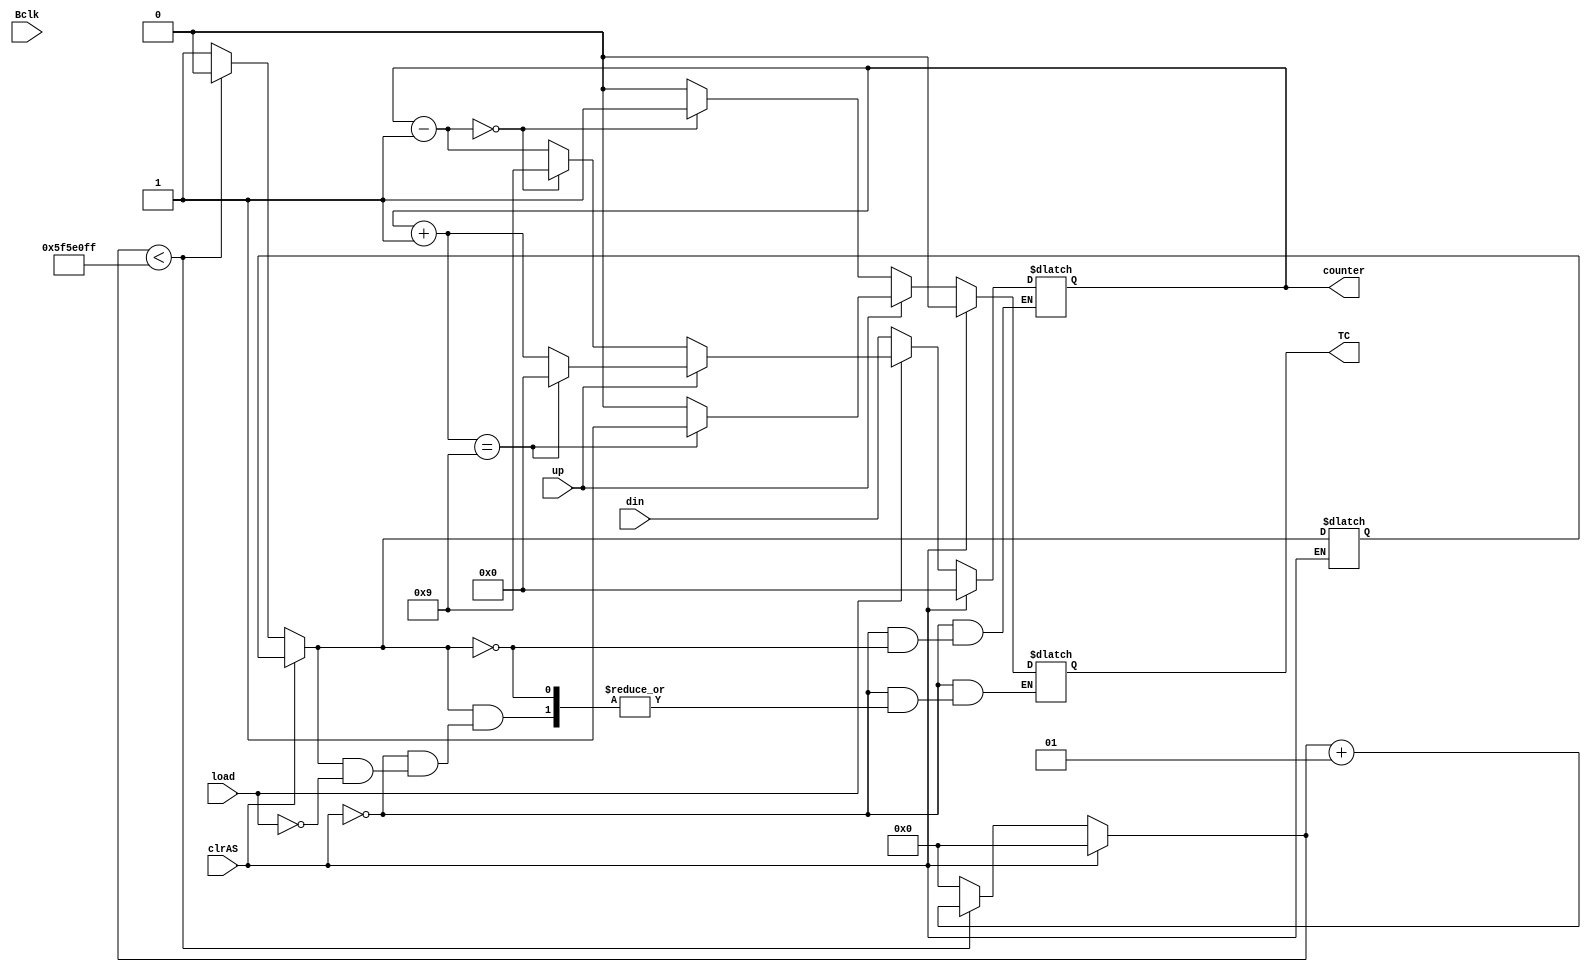
`timescale 1ns / 1ps
//////////////////////////////////////////////////////////////////////////////////
// Company: 
// Engineer: 
// 
// Design Name: 
// Module Name: DecadeCounter
// Project Name: 
// Target Devices: 
// Tool Versions: 
// Description: 
// 
// Dependencies: 
// 
// Revision:
// Revision 0.01 - File Created
// Additional Comments:
// 
//////////////////////////////////////////////////////////////////////////////////


module DecadeCounter(counter,clrAS,Bclk,load,din,up,TC);
input clrAS,load,up,Bclk;
input [3:0] din;
output reg [3:0]counter;
output reg TC;
integer clkcounter; 
reg clk;


always@ (Bclk,clrAS)
begin
   if(clrAS)
        clkcounter = 0;
    
    else if(clkcounter < 99999999)
         begin
         clkcounter = clkcounter+1;
         clk = 0;
         end
    else
        begin
        clk = 1;
        clkcounter = 0;
        end 
        
    if(clrAS)
        begin
            counter = 4'b0;
            TC = 0;
        end
    else if(clk)
        begin
        if (load == 0)
            counter = din;
        else if(up)
            begin
                counter = counter +1;
                if(counter == 4'b1001)
                    begin
                    TC = 1;
                    counter = 4'b0;
                    end
                else
                    TC = 0;
            end
        else
           begin
            counter = counter -1;
            if(counter == 4'b0)
                begin
                TC = 1;
                counter = 4'b1001;
                end
            else
                TC = 0; 
            end 
        end
end

endmodule